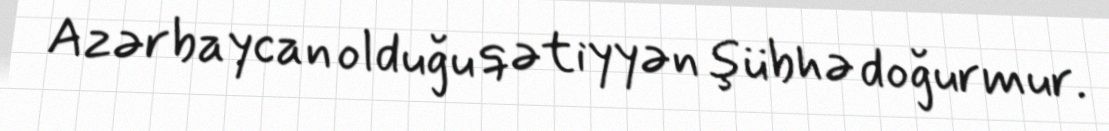
Azərbaycan olduğu qətiyyən şübhə doğurmur.